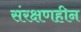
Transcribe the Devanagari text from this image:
संरक्षणहीन